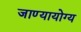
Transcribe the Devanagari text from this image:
जाण्यायोग्य